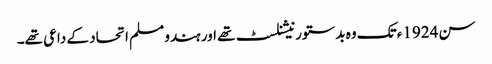
سن 1924ء تک وہ بدستور نیشنلسٹ تھے اور ہندو مسلم اتحاد کے داعی تھے۔